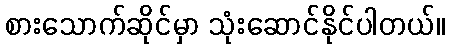
စားသောက်ဆိုင်မှာ သုံးဆောင်နိုင်ပါတယ်။